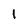
Character: 1